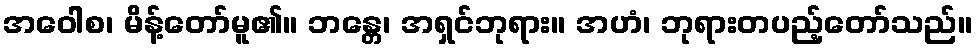
အဝေါစ၊ မိန့်တော်မူ၏။ ဘန္တေ၊ အရှင်ဘုရား။ အဟံ၊ ဘုရားတပည့်တော်သည်။